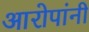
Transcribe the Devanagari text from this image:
आरोपांनी